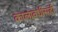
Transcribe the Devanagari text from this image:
कालावधीसही